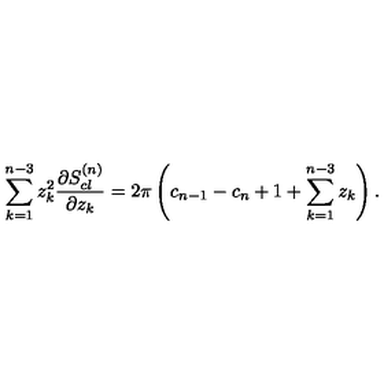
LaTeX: \sum _ { k = 1 } ^ { n - 3 } z _ { k } ^ { 2 } { \frac { \partial S _ { c l } ^ { ( n ) } } { \partial z _ { k } } } = 2 \pi \left( c _ { n - 1 } - c _ { n } + 1 + \sum _ { k = 1 } ^ { n - 3 } z _ { k } \right) .